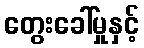
တွေးခေါ်မှုနှင့်